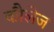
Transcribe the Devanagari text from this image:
कौलेज